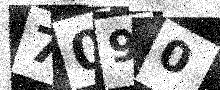
Text: 7090